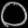
Digit: ၀